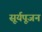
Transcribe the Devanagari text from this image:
सूर्यपूजन